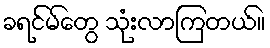
ခရင်မ်တွေ သုံးလာကြတယ်။